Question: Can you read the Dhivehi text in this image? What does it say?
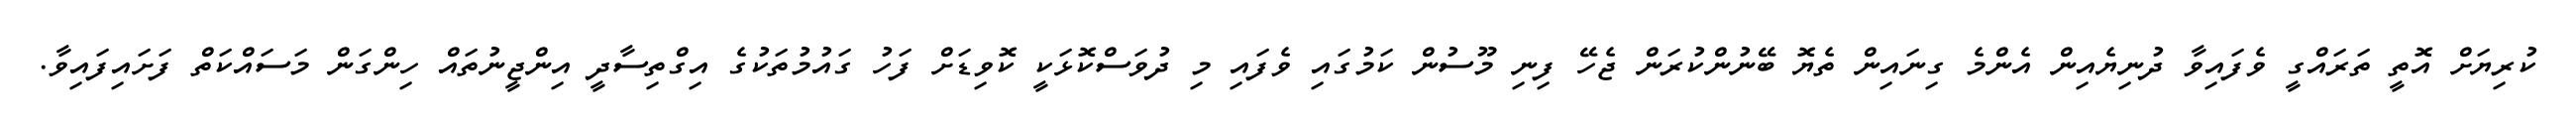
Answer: ކުރިޔަށް އޮތީ ތަރައްގީ ވެފައިވާ ދުނިޔެއިން އެންމެ ގިނައިން ތެޔޮ ބޭނުންކުރަން ޖެހޭ ފިނި މޫސުން ކަމުގައި ވެފައި މި ދުވަސްކޮޅަކީ ކޮވިޑަށް ފަހު ގައުމުތަކުގެ އިގްތިސާދީ އިންޖީނުތައް ހިންގަން މަސައްކަތް ފަށައިފައިވާ.